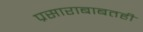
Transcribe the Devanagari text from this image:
प्रसाराबाबतही